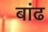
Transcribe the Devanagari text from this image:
बांढ